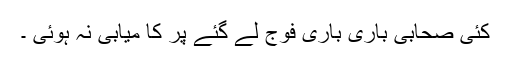
کئی صحابی باری باری فوج لے گئے پر کا میابی نہ ہوئی ۔